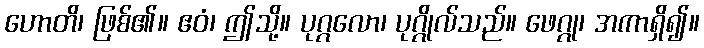
ဟောတိ၊ ဖြစ်၏။ ဧဝံ၊ ဤသို့။ ပုဂ္ဂလော၊ ပုဂ္ဂိုလ်သည်။ ဖေဂ္ဂု၊ အကာရှိ၍။